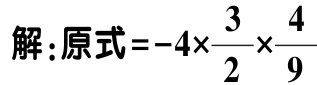
解：原式\(=-4\times\frac{3}{2}\times\frac{4}{9}\)